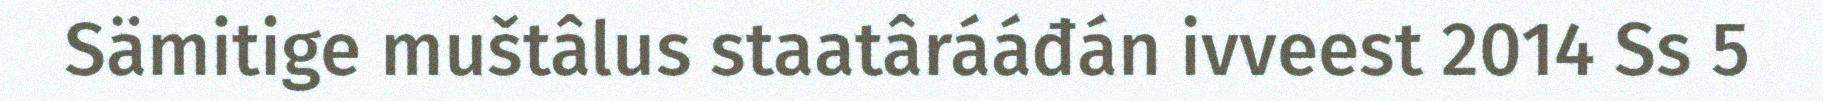
Sämitige muštâlus staatârááđán ivveest 2014 Ss 5